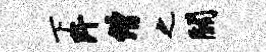
下阡僧之关